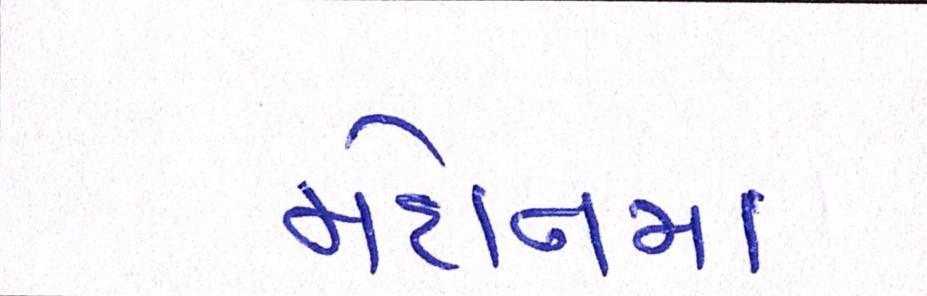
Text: મેદાનના